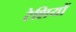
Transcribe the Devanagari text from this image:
रेशियों